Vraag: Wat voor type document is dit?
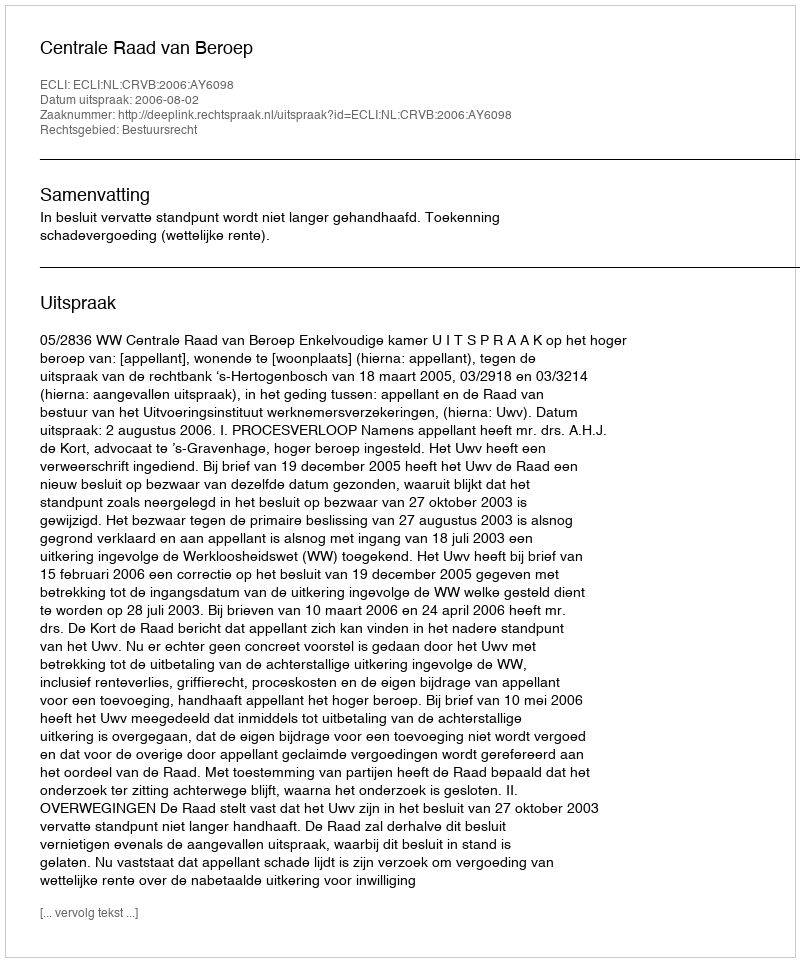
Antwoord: Uitspraak